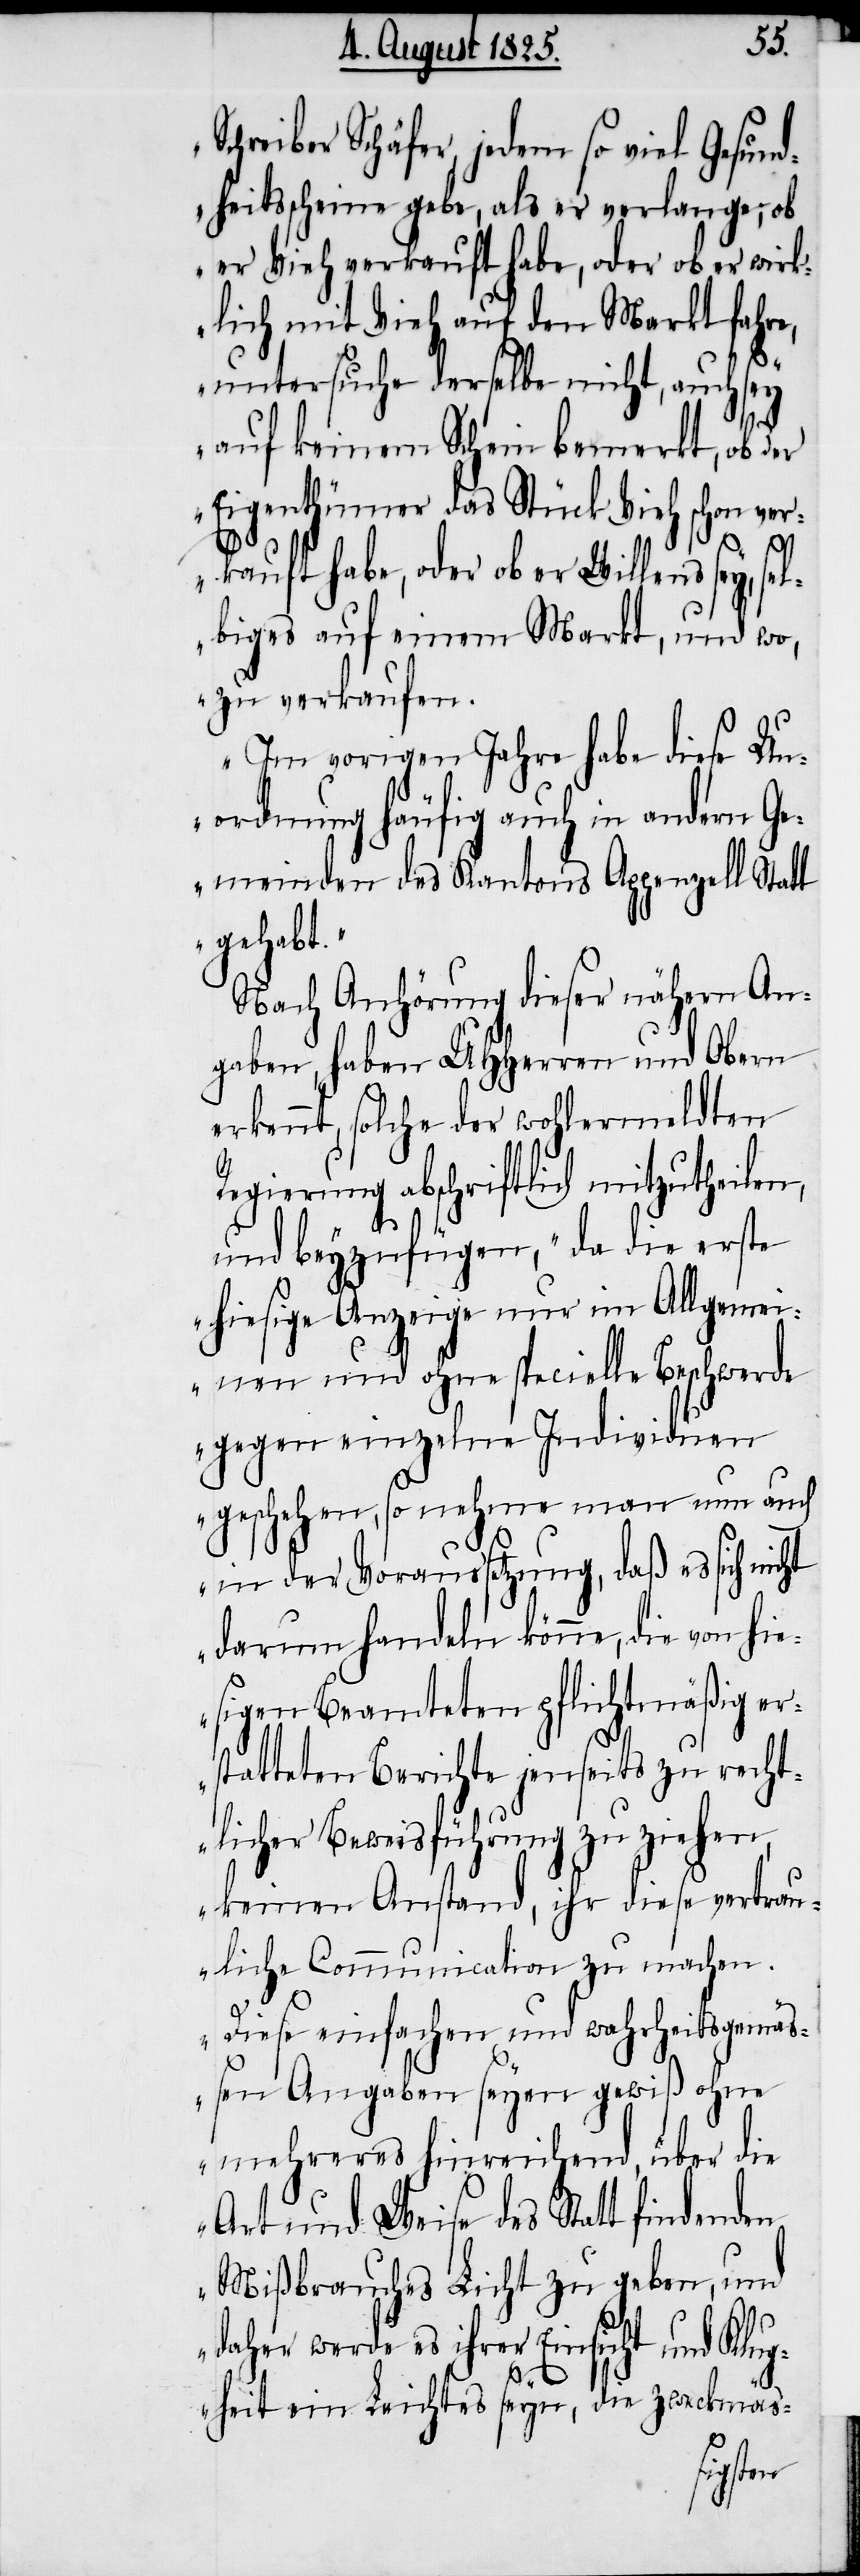
rech¬
Schreiber Schäfer, jedem so viel Gesund¬
heitsscheine gebe, als er verlange, ob
er Vieh verkauft habe, oder ob er wirk¬
lich mit Vieh auf den Markt fahre,
untersuche derselbe nicht, auch sey
auf keinem Schein bemerkt, ob der
Eigenthümer das Stück Vieh schon ver¬
kauft habe, oder ob er Willens sey, sel¬
biges auf einem Markt, und wo,
zu verkaufen.
Im vorigen Jahre habe diese Un¬
ordnung häufig auch in andern Ge¬
meinden des Kantons Appenzell Statt
gehabt“.
Nach Anhörung dieser nähern An¬
gaben, haben UHHerren und Obern
erkennt, solche der wohlermeldten
Regierung abschriftlich mitzutheilen,
und beyzufügen, „da die erste
hiesige Anzeige nur im Allgemei¬
nen und ohne specielle Beschwerde
gegen einzelne Individuen
geschehen, so nehme man nun auch
in der Voraussetzung, daß es sich nicht
darum handeln könne, die von hie¬
sigen Beamteten pflichtmäßig zu
tlicher Beweisführung zu ziehen,
keinen Anstand, ihr diese vertrau¬
liche Communication zu machen.
Diese einfachen und wahrheitsgemäß¬
en Angaben seyen gewiß ohne
mehreres hinreichend, über die
Art und Weise des Statt findenden
Mißbrauches Licht zu geben, und
daher werde es ihrer Einsicht und Klug¬
heit ein Leichtes seyn, die zweckmäs-